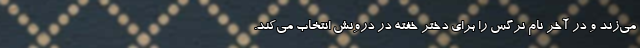
می‌زند و در آخر نام نرگس را برای دختر خفته در درونش انتخاب می‌کند.